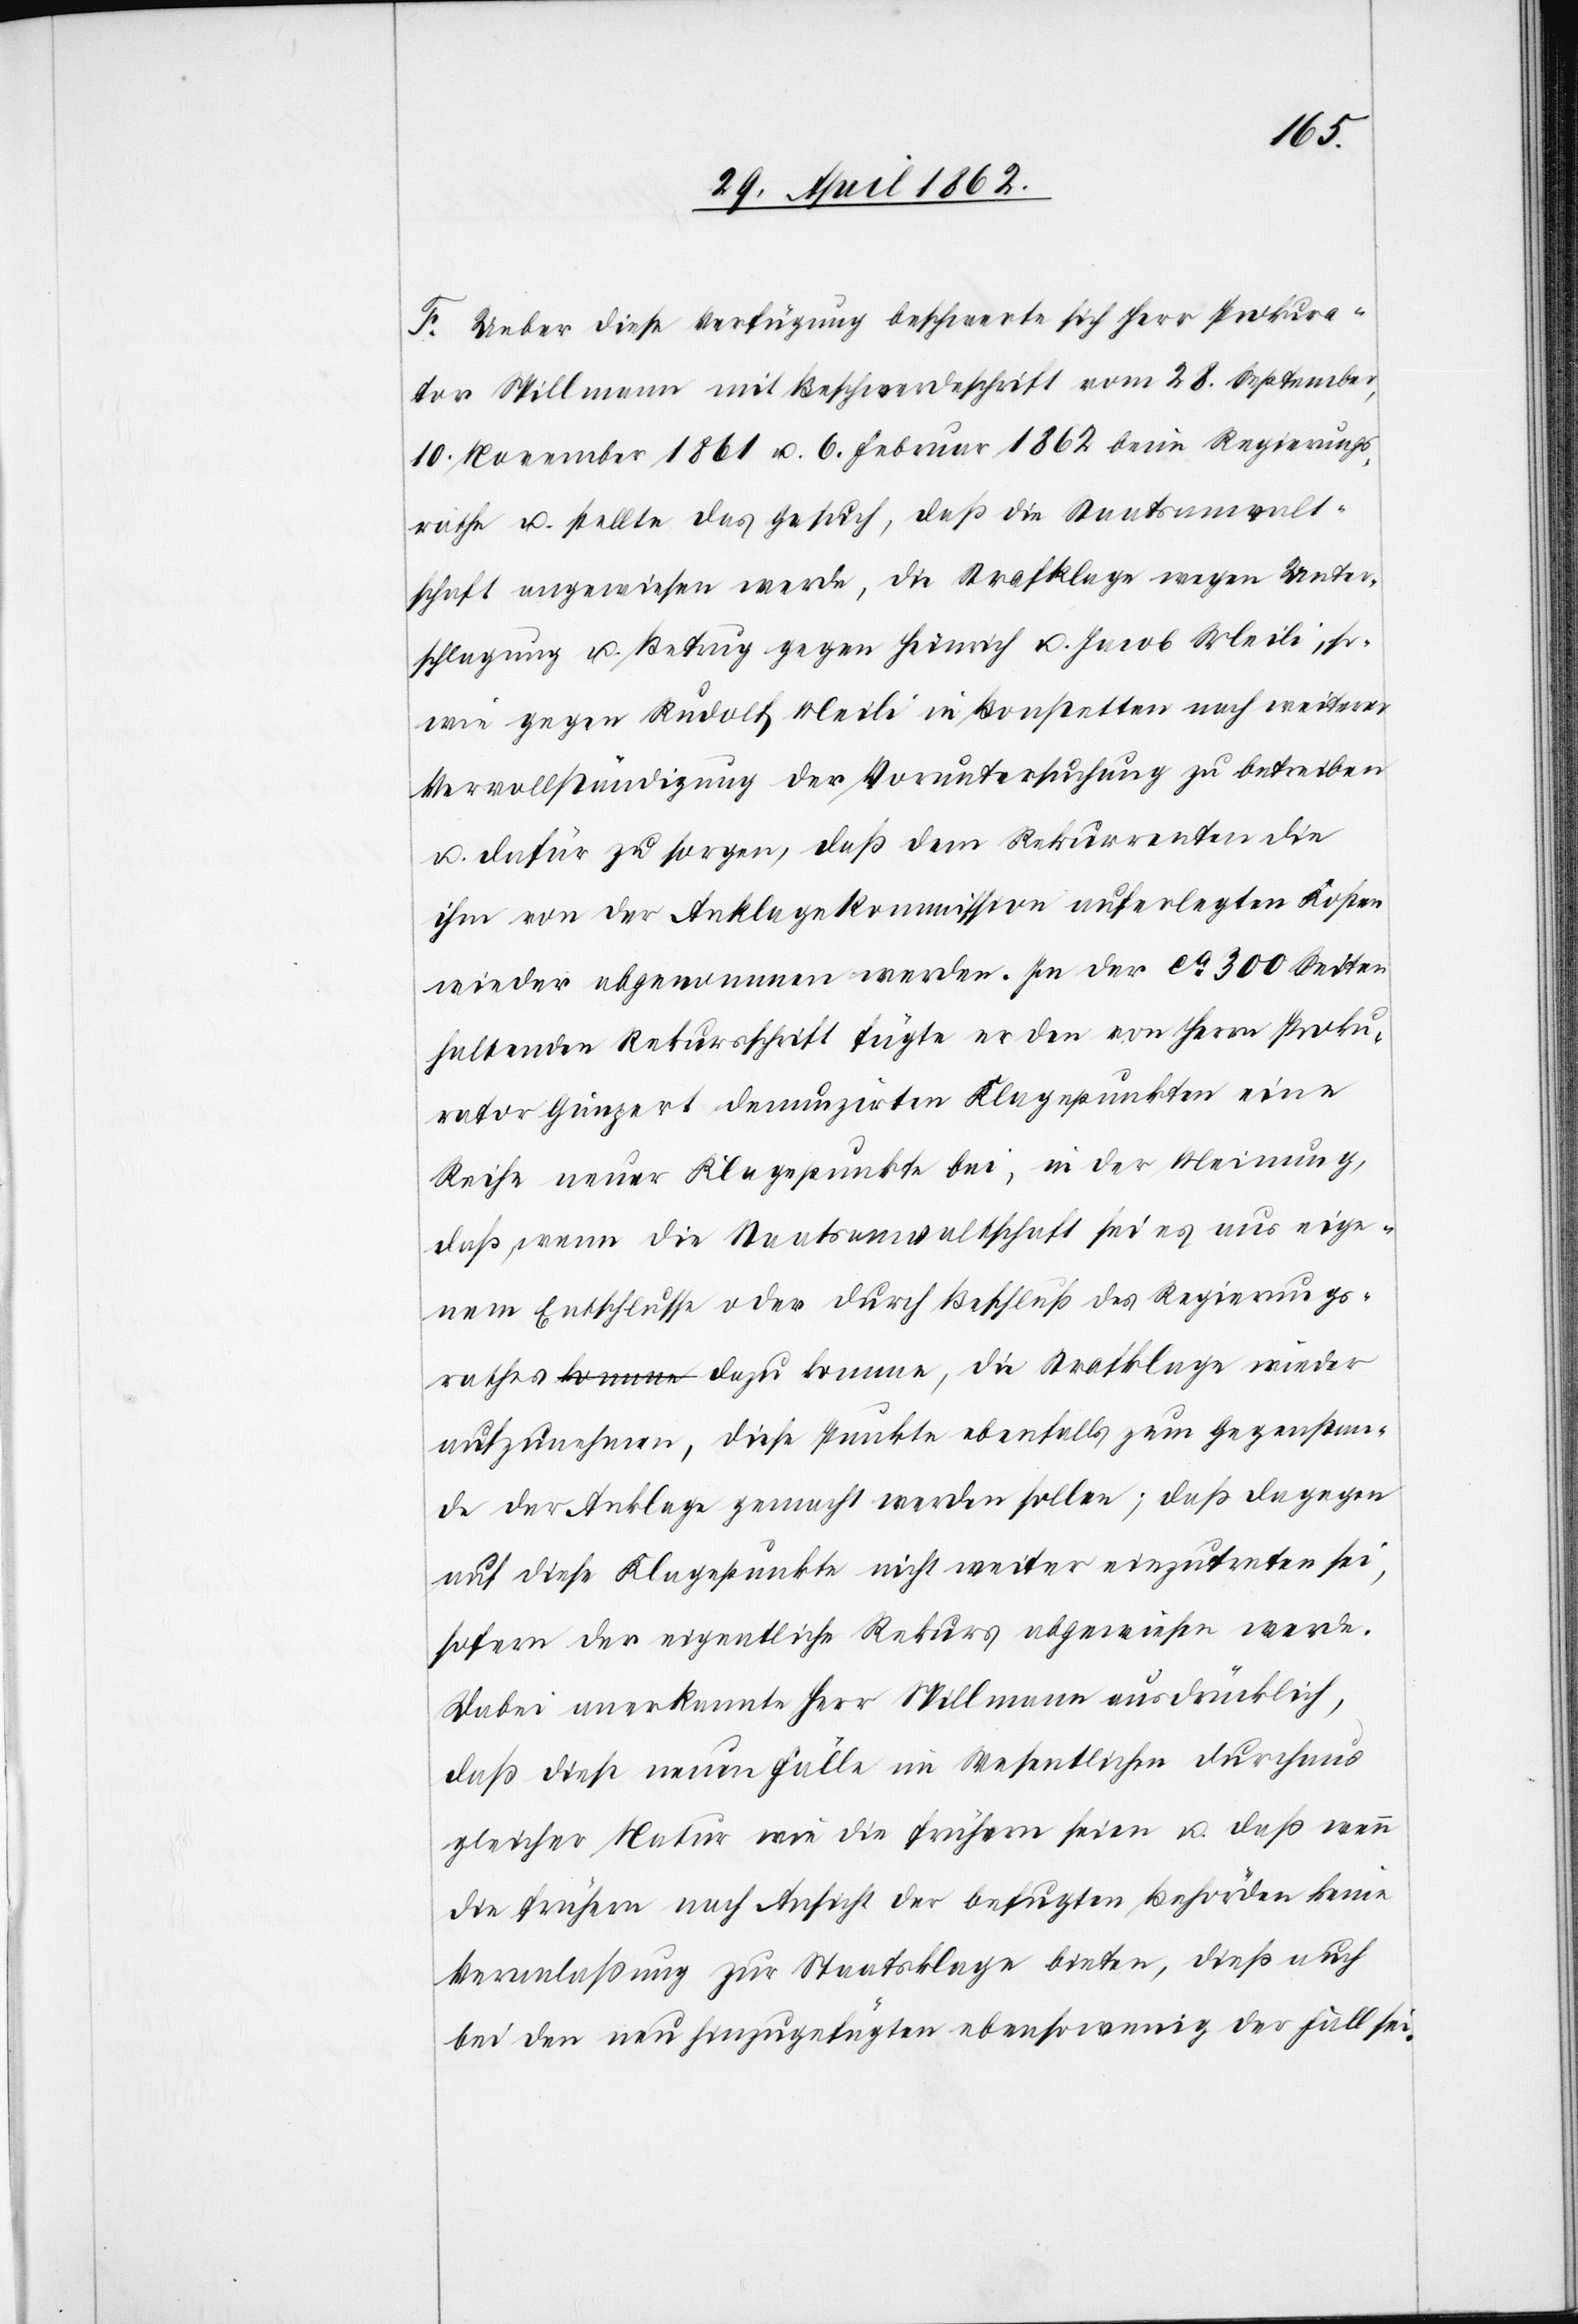
F. Ueber diese Verfügung beschwerte sich Herr Prokura¬
tor Spillmann mit Beschwerdeschrift vom 28. September,
10. November 1861 u. 6. Februar 1862 beim Regierungs¬
rathe u. stellte das Gesuch, daß die Staatsanwalt¬
schaft angewiesen werde, die Strafklage wegen Unter¬
schlagung u. Betrug gegen Heinrich u. Jacob Meili, so¬
wie gegen Rudolf Meili in Bonstetten nach weiterer
Vervollständigung der Voruntersuchung zu betreiben
u. dafür zu sorgen, daß dem Rekurrenten die
ihm von der Anklagekommission auferlegten Kosten
wieder abgenommen werden. In der ca. 300 Seiten
enthaltenden Rekursschrift fügte er den von Herrn Proku¬
rator Gimpert denunzirten Klagepunkten eine
Reihe neuer Klagepunkte bei, in der Meinung,
daß, wenn die Staatsanwaltschaft sei es aus eige¬
nem Entschlusse oder durch Beschluß des Regierungs¬
rathes dazu komme, die Strafklage wieder
aufzunehmen, diese Punkte ebenfalls zum Gegenstan¬
de der Anklage gemacht werden sollen; daß dagegen
auf diese Klagepunkte nicht weiter einzutreten sei,
sofern der eigentliche Rekurs abgewiesen werde.
Dabei anerkannte Herr Spillmann ausdrücklich,
daß diese neuen Fälle im Wesentlichen durchaus
gleicher Natur wie die frühern seien u. daß wenn
die früheren nach Ansicht der befugten Behörden keine
Veranlaßung zur Staatsklage bieten, dieß auch
bei den neu hinzugefügten ebensowenig der Fall sei.